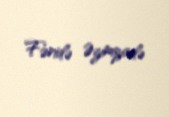
Fəridə Əzimzadə